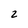
Character: 2